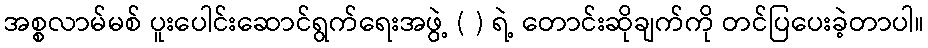
အစ္စလာမ်မစ် ပူးပေါင်းဆောင်ရွက်ရေးအဖွဲ့ ( ) ရဲ့ တောင်းဆိုချက်ကို တင်ပြပေးခဲ့တာပါ။